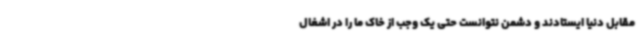
مقابل دنیا ایستادند و دشمن نتوانست حتی یک وجب از خاک ما را در اشغال